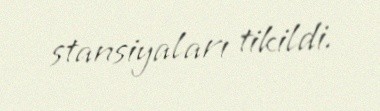
stansiyaları tikildi.